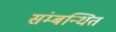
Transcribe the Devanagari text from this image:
संम्बन्धित